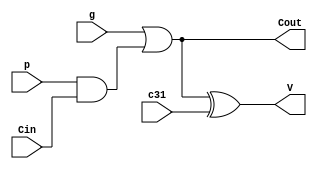
module overflow_1 (Cout, V, g, p, c31, Cin);
  output Cout, V;
  input g, p, c31, Cin;
  assign Cout = g|(p&Cin);
  assign V = Cout^c31;
endmodule